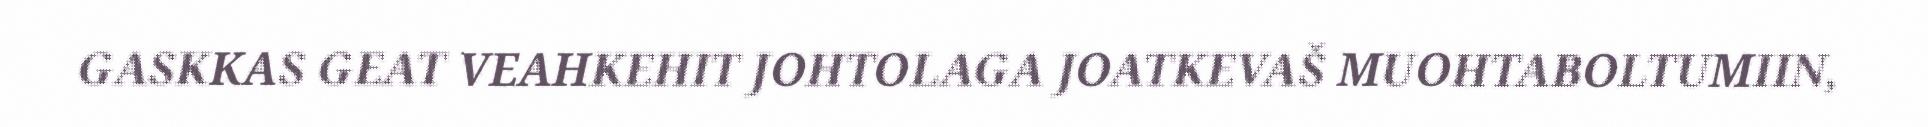
GASKKAS GEAT VEAHKEHIT JOHTOLAGA JOATKEVAŠ MUOHTABOLTUMIIN,